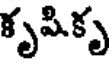
కృషికృ